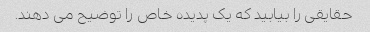
حقایقی را بیابید که یک پدیده خاص را توضیح می دهند.